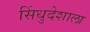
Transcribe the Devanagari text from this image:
सिंधुदेशाला